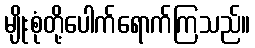
မျိုးစုံတို့ပေါက်ရောက်ကြသည်။